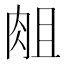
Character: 𰮘